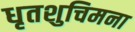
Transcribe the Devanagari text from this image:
धृतशुचिमना